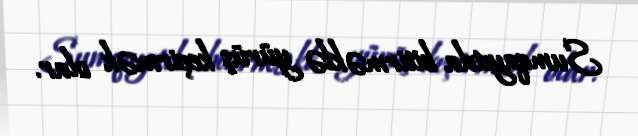
Sumqayıtda bitirməklə yürüş keçirmək olar.